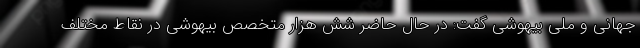
جهانی و ملی بیهوشی گفت: در حال حاضر شش هزار متخصص بیهوشی در نقاط مختلف